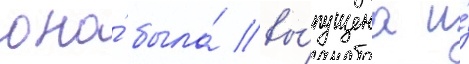
она́ была́ вы́пущена и́